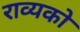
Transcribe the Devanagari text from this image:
राव्यको